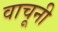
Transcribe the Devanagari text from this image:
वाचूनी